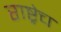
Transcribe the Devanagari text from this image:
राष्ट्रेच